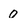
Character: 0